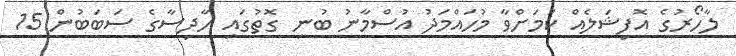
ލާހޯރުގެ އޮފިޝަލެއް ކަމަށްވާ މުހައްމަދު އުސްމާނު ބުނި ގޮތުގައި ހާދިސާގެ ސަބަބުން 15